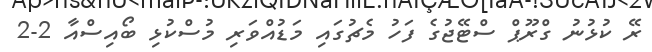
ރޭ ކުޅުނު ގްރޫޕްް ސްޓޭޖުގެ ފަހު މެޗުގައި މަޑުއްވަރި މުސްކުޅި ބޯއިސްއާ 2-2